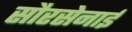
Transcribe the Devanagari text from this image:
सौरसेनाई